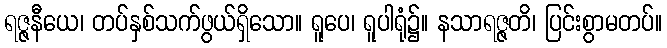
ရဇ္ဇနီယေ၊ တပ်နှစ်သက်ဖွယ်ရှိသော။ ရူပေ၊ ရူပါရုံ၌။ နသာရဇ္ဇတိ၊ ပြင်းစွာမတပ်။